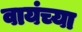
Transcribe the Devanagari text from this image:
वायंच्या